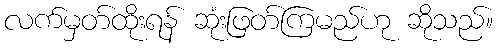
လက်မှတ်ထိုးရန် ဆုံးဖြတ်ကြမည်ဟု ဆိုသည်။